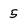
Character: 5